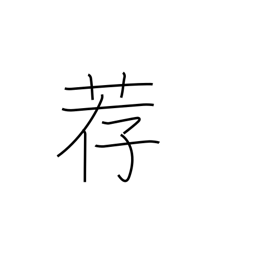
Meaning: mat